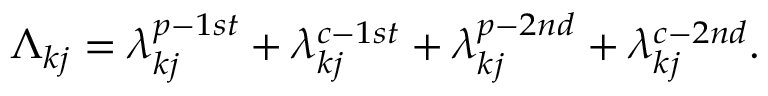
\Lambda _ { k j } = \lambda _ { k j } ^ { p - 1 s t } + \lambda _ { k j } ^ { c - 1 s t } + \lambda _ { k j } ^ { p - 2 n d } + \lambda _ { k j } ^ { c - 2 n d } .